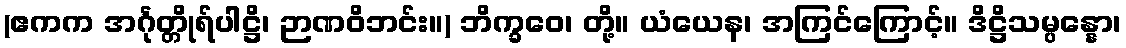
(ဧကက အင်္ဂုတ္တိုရ်ပါဋ္ဌိ၊ ဉာဏဝိဘင်း။) ဘိက္ခဝေ၊ တို့။ ယံယေန၊ အကြင်ကြောင့်။ ဒိဋ္ဌိသမ္ပန္နော၊